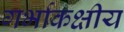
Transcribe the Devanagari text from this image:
गर्भाकक्षीय